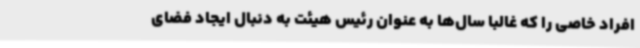
افراد خاصی را که غالبا سال‌ها به عنوان رئیس هیئت به دنبال ایجاد فضای